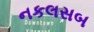
નકલસબ